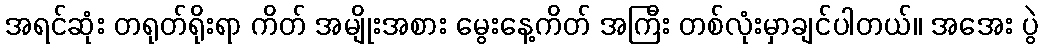
အရင်ဆုံး တရုတ်ရိုးရာ ကိတ် အမျိုးအစား မွေးနေ့ကိတ် အကြီး တစ်လုံးမှာချင်ပါတယ်။ အအေး ပွဲ